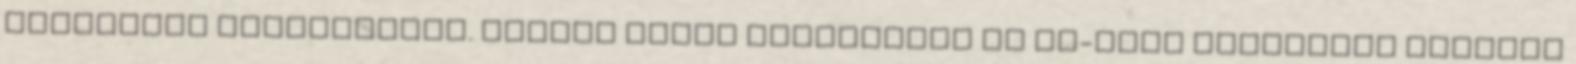
betöltése folyamatban. Teljes lista artmagazin az on-line művészeti magazin